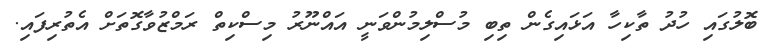
ބޮލުގައި ހުދު ތާކިހާ އަޅައިގެން ތިބި މުސްލިމުންވަނީ އައްނޫރު މިސްކިތް ރަމްޒުވާގޮތަށް އެތުރިފައި.